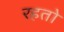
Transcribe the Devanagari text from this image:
रहतो